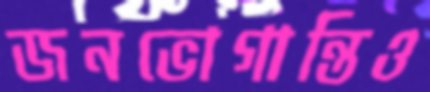
জনভোগান্তিও